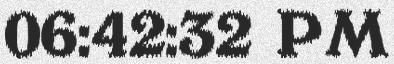
06:42:32 PM